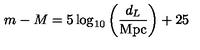
m - M = 5 \log _ { 1 0 } \left( \frac { d _ { L } } { \mathrm { M p c } } \right) + 2 5